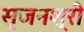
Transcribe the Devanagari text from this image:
सृजनश्री